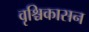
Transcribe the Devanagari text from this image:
वृश्चिकासन